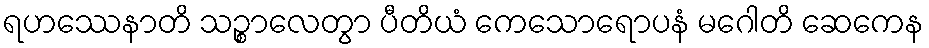
ရဟဿေနာတိ သဉ္စာလေတွာ ပီတိယံ ကေသောရောပနံ မဂေါတိ ဆေကေန